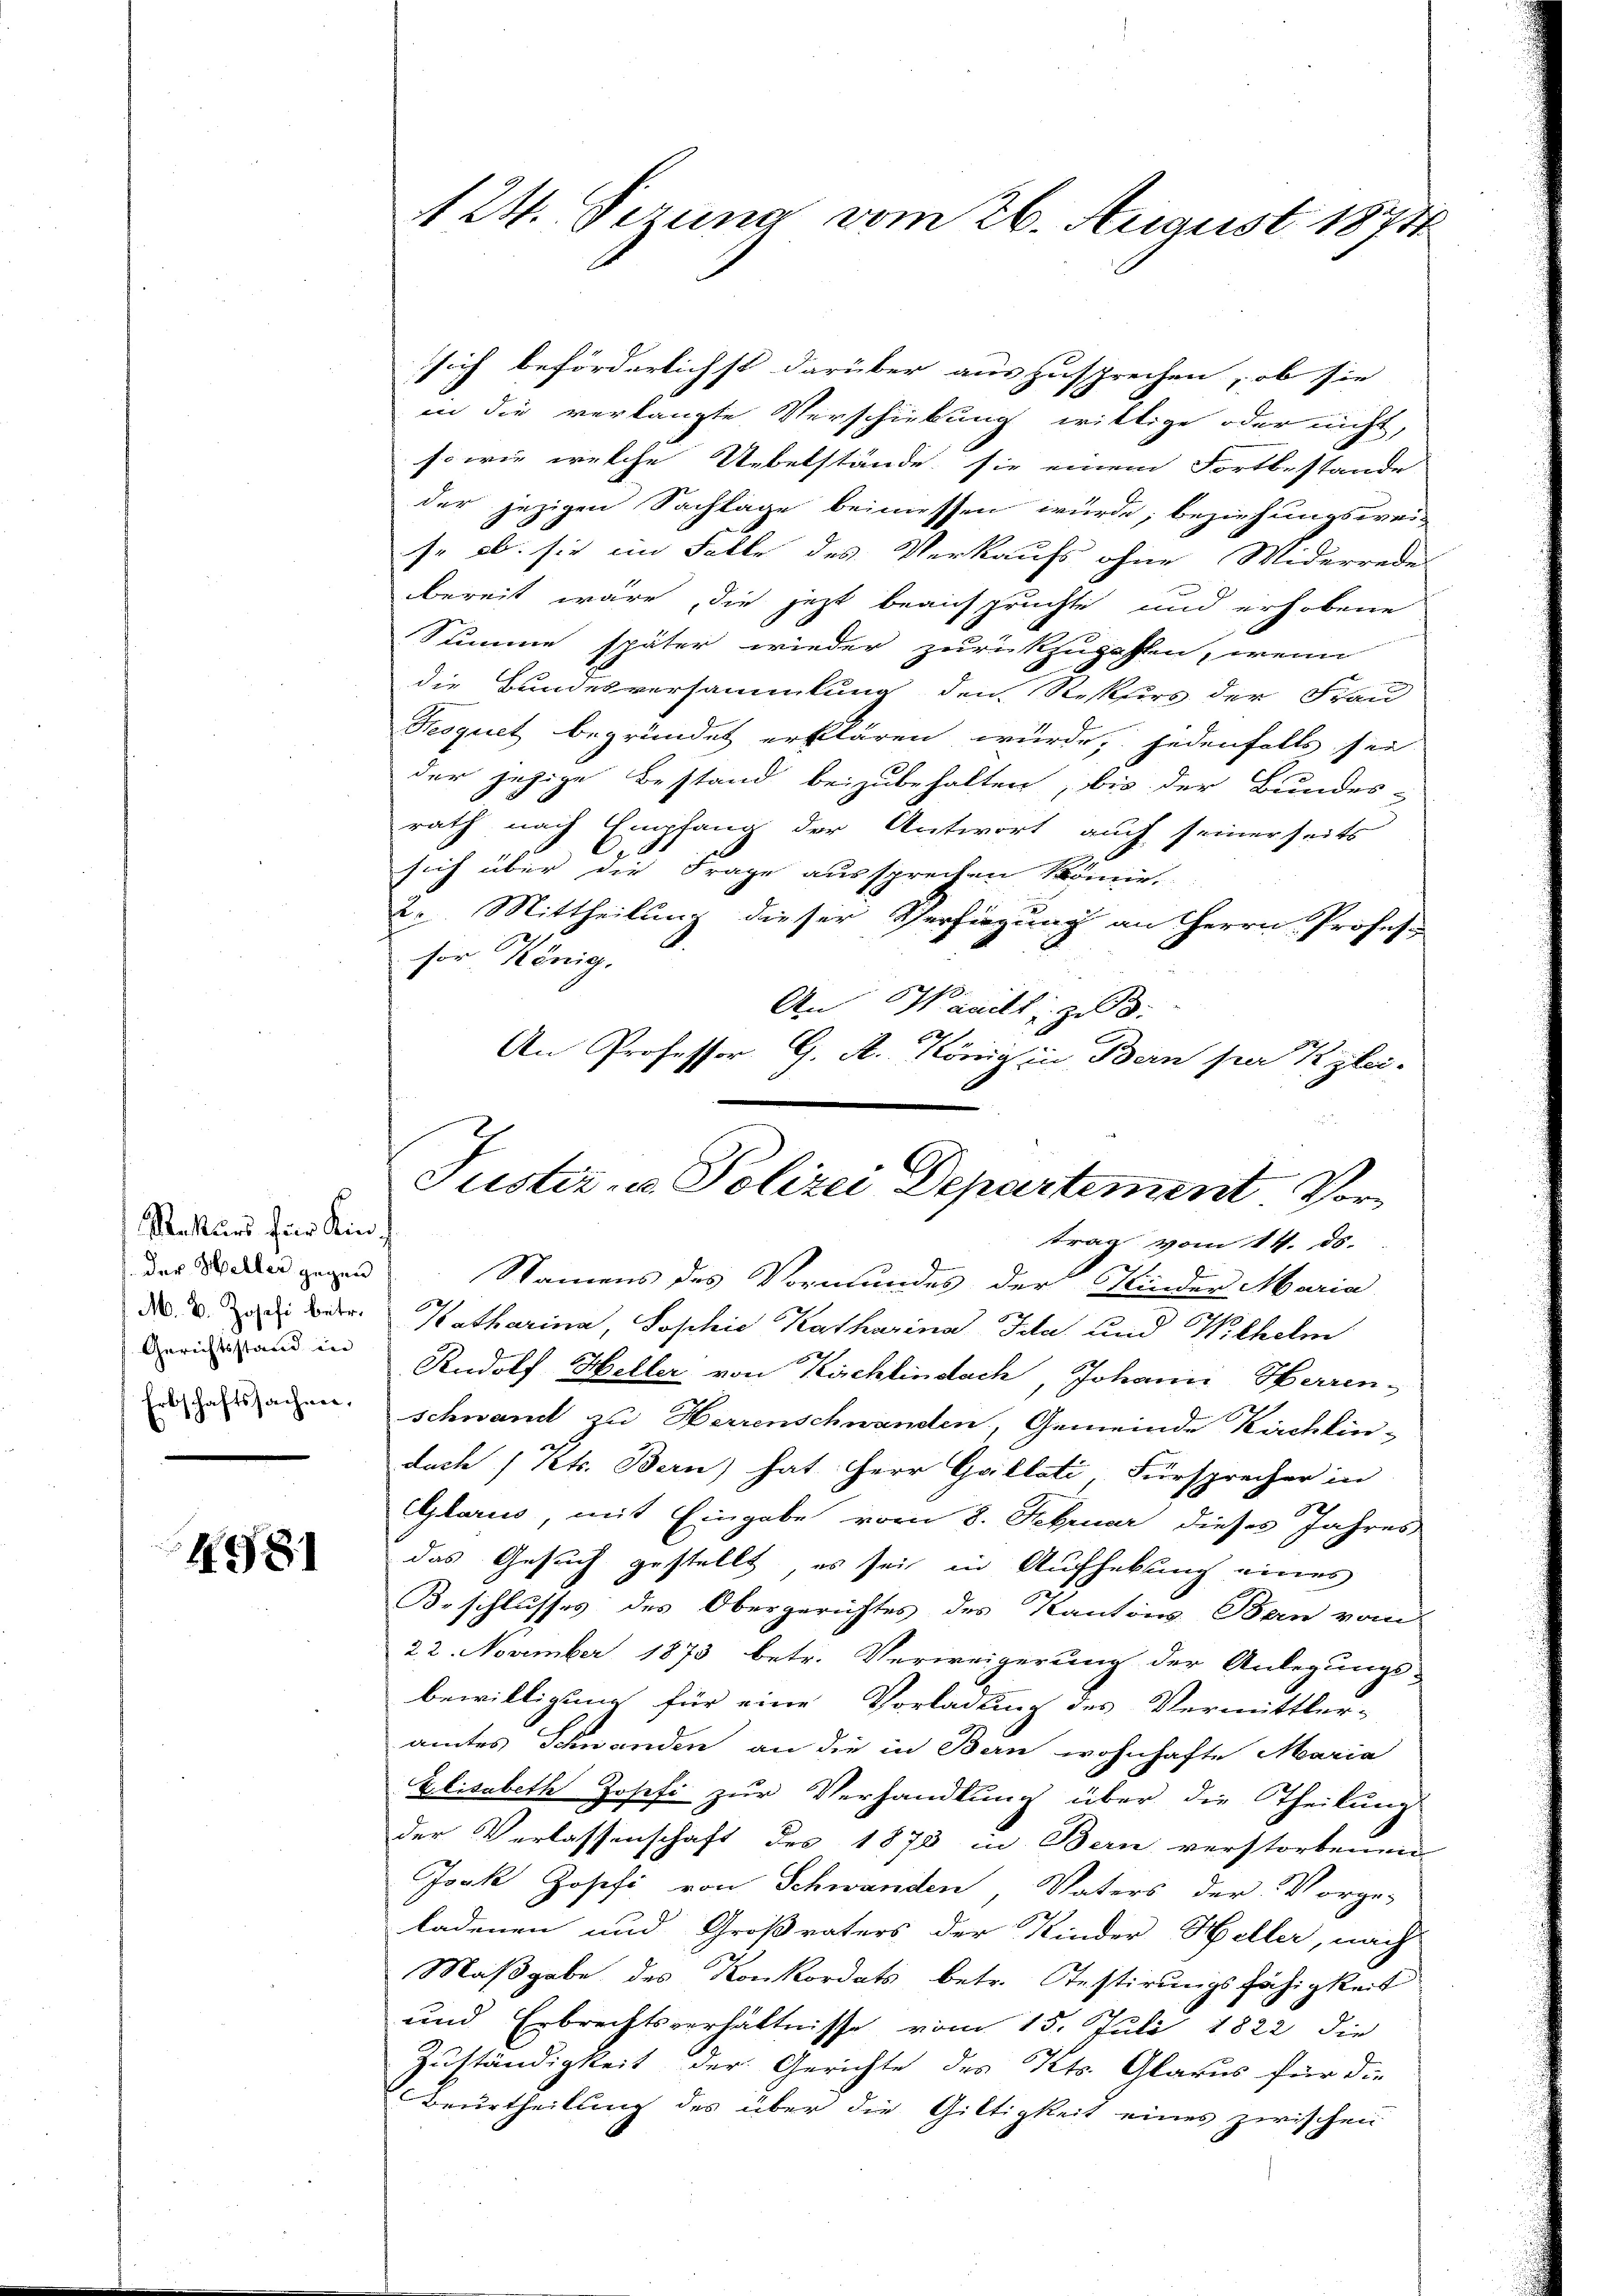
Rekurs für Kin
Der Heller gegen
Gerichtsstand in
rbschaftssachen.
En

4981

sich beförderlichst darüber auszusprechen, ob sie
in die verlangte Verschickung willige oder nicht,
sowie welche Uebelstände, sie einem Fortbestande
der jezigen Sachlage beimessen würde, beziehungswei
se ab. sie im Falle des Verkaufs ohne Widerrede
bereit wäre, die jetzt beansprüchte und erhobene
Summe später wieder zurückzuzahlen, wenn
die Bundesversammlung den Respers der Frau
Reoquet begründet erklären wurde, jedenfalls sei
der jetzige Bestand beizubehalten, bis der Bundes-
rath nach Empfang der Antwort auch seinerseits
sich über die Frage aussprechen könne.
2. Mittheilung dieser Verfügung an Herrn Profess
sor König.
An Marill, zu
2
An Professor G. A. König in Bern sa Kzlei-
Justiz- u. Polizei Departement Vor¬

124. Sezung vom 26. August 1874

trag vom 14. ds.

Namens des Vormundes der Kinder Maria
10
d. d. d. der Katharina, Sophie Katharina Ida und Wilhelm
Rudolf Heller von Kirchlindach, Johann Herren-
schwand zu Herrenschwanden, Gemeinde Kirchlin-
doch (lt. Bern) hat Herr Gallati, Fürsprecher in
x
GGlarus, mit Eingabe vom 8. Februar dieses Jahres
das Gesuch gestellt, es sei in Aufhebung eines
Beschlusses des Obergerichtes des Kantons Ban vom
22. November 1873 betr. Verweigerung der Anlegungs-
bewilligung für eine Vorladung des Vermittler-
amtes Schwanden an die in Bern wohnhafte Maria
Elisabeth Josefi zur Verhandlung über die Theilung
der Verlassenschaft des 1873 in Bern verstorbenen
Joak Josefi von Schwanden Vaters der Vorge-
ladenen und Großvaters der Kinder Heller, nach
Maßgabe des Konkordats betr. Testirungsfähigkeit
und Erbrechtsverhältnisse vom 15. Juli 1822 die
Zuständigkeit der Gerichte des Kts. Glarus für die
Beurtheilung des über die Giltigkeit eines zwischen